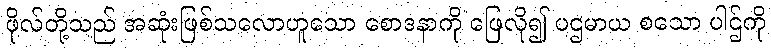
ဖိုလ်တို့သည် အဆုံးဖြစ်သလောဟူသော စောဒနာကို ဖြေလို၍ ပဌမာယ စသော ပါဌ်ကို